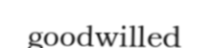
goodwilled